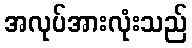
အလုပ်အားလုံးသည်